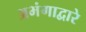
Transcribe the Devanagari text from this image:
अभंगाद्वारे